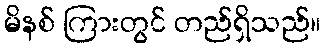
မိနစ် ကြားတွင် တည်ရှိသည်။